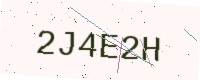
Text: 2J4E2H